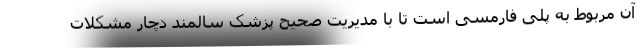
آن مربوط به پلی فارمسی است تا با مدیریت صحیح پزشک سالمند دچار مشکلات